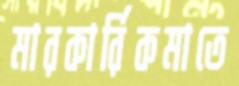
মারকার্রিকমাতে